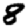
Digit: 8